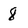
Character: 8